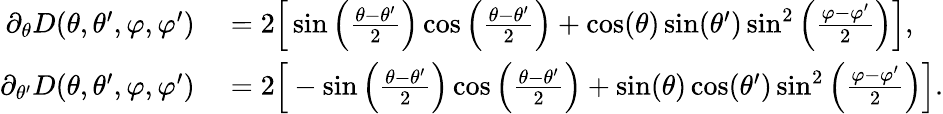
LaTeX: \begin{array}{rl}{\partial_{\theta}D(\theta,\theta^{\prime},\varphi,\varphi^{\prime})}&{{}=2\Big[\sin\left(\frac{\theta-\theta^{\prime}}{2}\right)\cos\left(\frac{\theta-\theta^{\prime}}{2}\right)+\cos(\theta)\sin(\theta^{\prime})\sin^{2}\left(\frac{\varphi-\varphi^{\prime}}{2}\right)\Big],}\\ {\partial_{\theta^{\prime}}D(\theta,\theta^{\prime},\varphi,\varphi^{\prime})}&{{}=2\Big[-\sin\left(\frac{\theta-\theta^{\prime}}{2}\right)\cos\left(\frac{\theta-\theta^{\prime}}{2}\right)+\sin(\theta)\cos(\theta^{\prime})\sin^{2}\left(\frac{\varphi-\varphi^{\prime}}{2}\right)\Big].}\end{array}